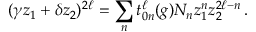
( \gamma z _ { 1 } + \delta z _ { 2 } ) ^ { 2 \ell } = \sum _ { n } t _ { 0 n } ^ { \ell } ( g ) N _ { n } z _ { 1 } ^ { n } z _ { 2 } ^ { 2 \ell - n } \, .